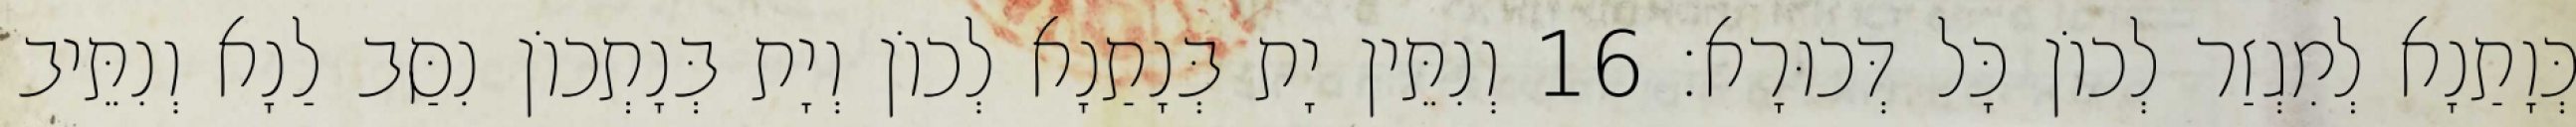
כְּוָתַנָא לְמִגְזַר לְכוֹן כָּל דְּכוּרָא׃ 16 וְנִתֵּין יָת בְּנָתַנָא לְכוֹן וְיָת בְּנָתְכוֹן נִסַּב לַנָא וְנִתֵּיב